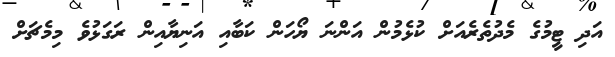
އަދި ޓީމުގެ މެދުތެރެއަށް ކުޅެމުން އަންނަ ޔޯހަން ކަބާއި އަނިޔާއިން ރަގަަަަަަަޅުވެ މިމެޗަށް